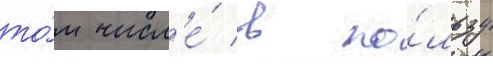
то́м числ'е́ в по́льзу